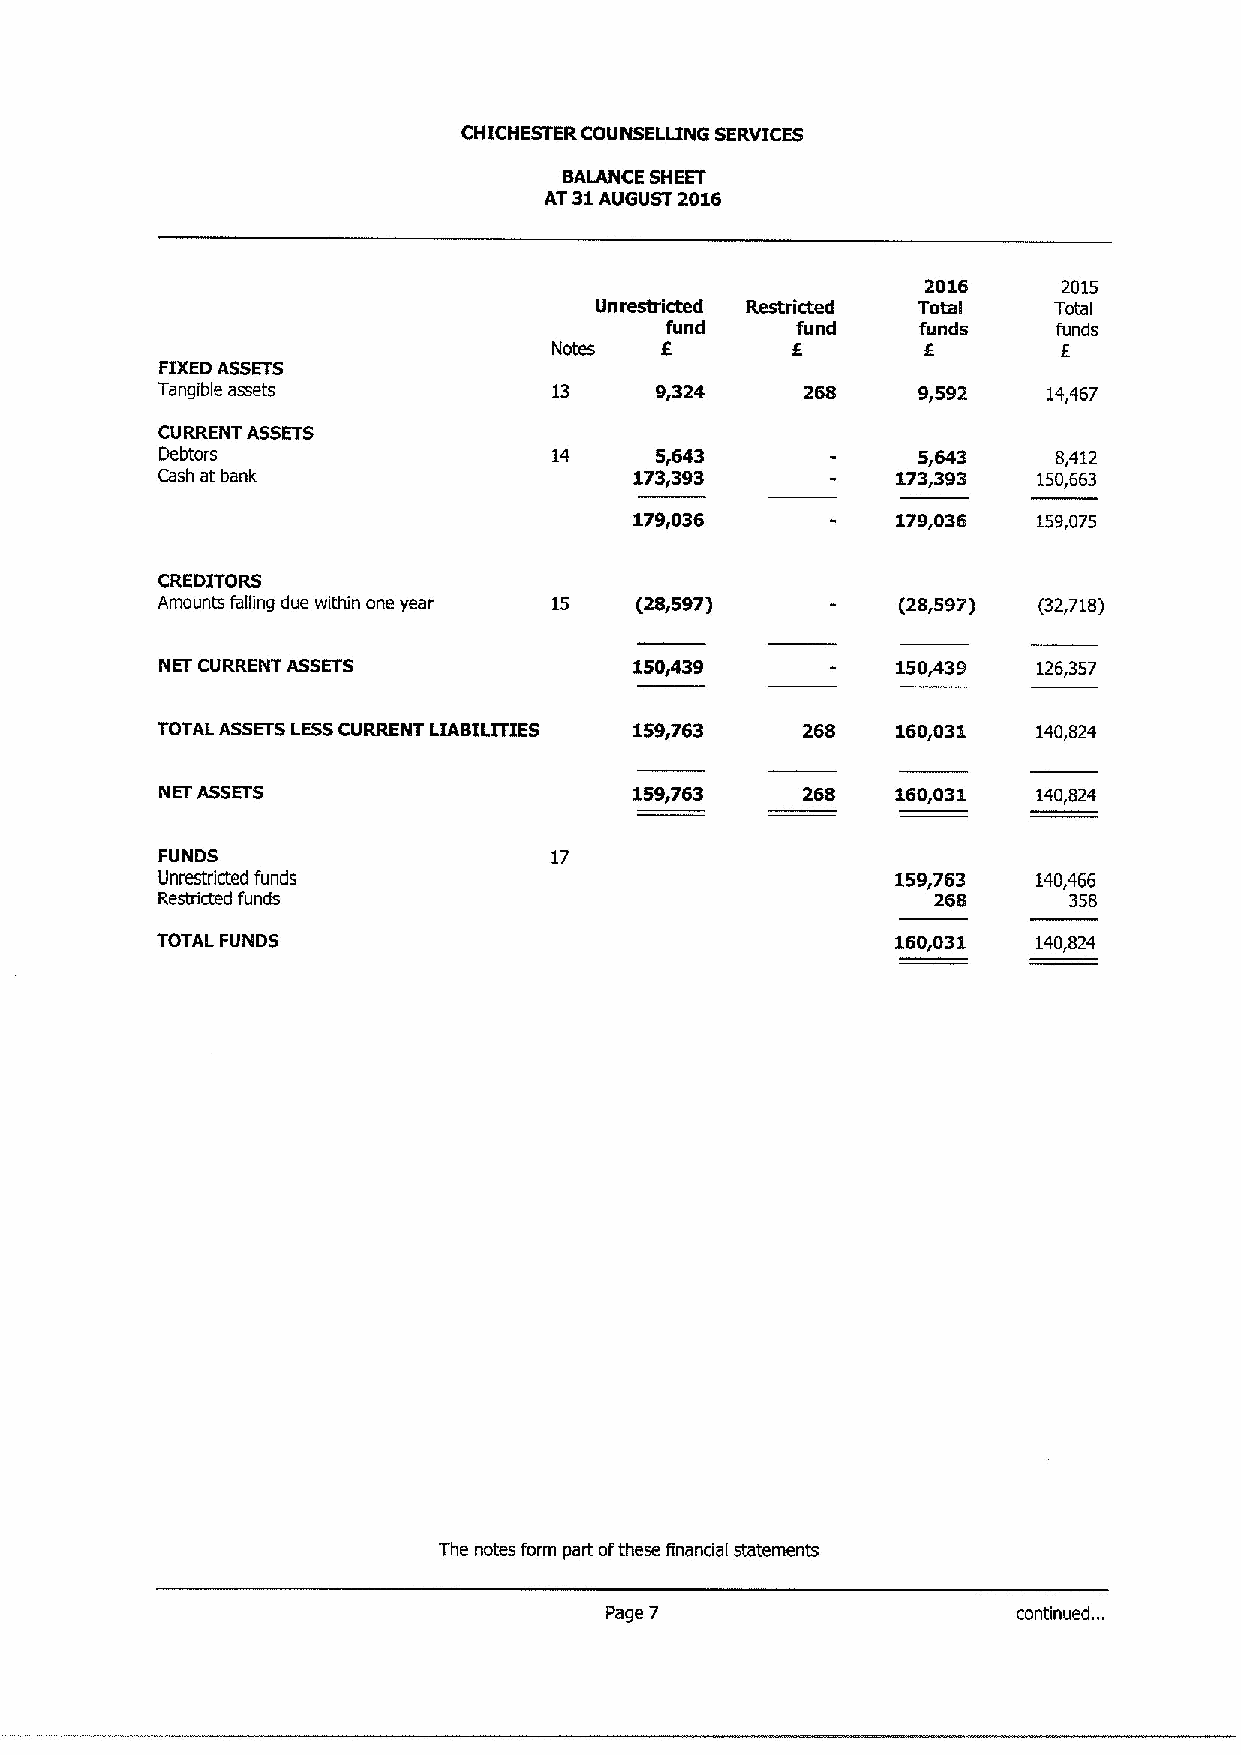
CHICHESTER COUNSELLING SERVICES
 BALANCE SHEET
 AT31AUGUST 2016
 2016     2015
 Unrestricted Restricted Total  Total
 ffund    fund    funds    f Iunds
 Notes
 FIXEDASSETS
 Tangible assets            13    9,324     268     9,592   14,467
 CURRENT ASSETS
 Debtors                   14    5,643             5,643    8,412
 Cash at bank                    173,393          173,393   150,663
 179,036          179,036   159,075
 CREDITORS
 Amounts falling due within one year 15 (28,597)  (28,597)  (32,718)
 NET CURRENT ASSETS             150,439          150,439   126,357
 TOTAL ASSETSLESSCURRENT LIABILITIES 159,763 268  160,031   140,824
 NET ASSETS                     159,763    268   160,031   140,824
 FUNDS                     17
 Unrestricted funds                               159,763   140,466
 Restricted funds                                    268      358
 TOTAL FUNDS                                      160,031   140,824
 The notes form part ofthese financial statements
 Page 7                     continued. ..